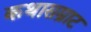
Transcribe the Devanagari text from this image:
कथासम्राट